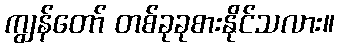
ကျွန်တော် တစ်ခုခုစားနိုင်သလား။